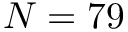
N = 7 9